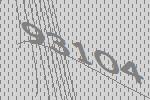
93104